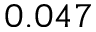
0 . 0 4 7